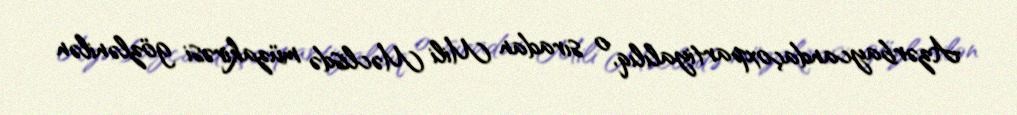
Azərbaycandaçoxpartiyalılıq, o sıradan Mili Məclisdə müzakirəsi gözlənilən